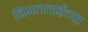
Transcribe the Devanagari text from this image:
विमलताईंच्या